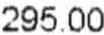
295.00